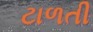
ટાળતી